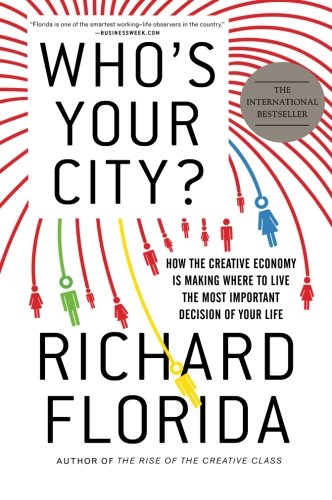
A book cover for Who's Your City?: How the Creative Economy Is Making Where to Live the Most Important Decision of Your Life; Richard Florida; Business & Money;